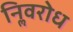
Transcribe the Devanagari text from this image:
निॢवरोध